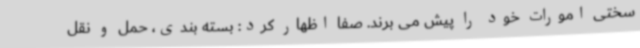
سختی امورات خود را پیش می برند. صفا اظهار کرد: بسته بندی، حمل و نقل